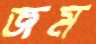
জম